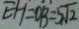
E H = O B = 5 \sqrt { 2 }